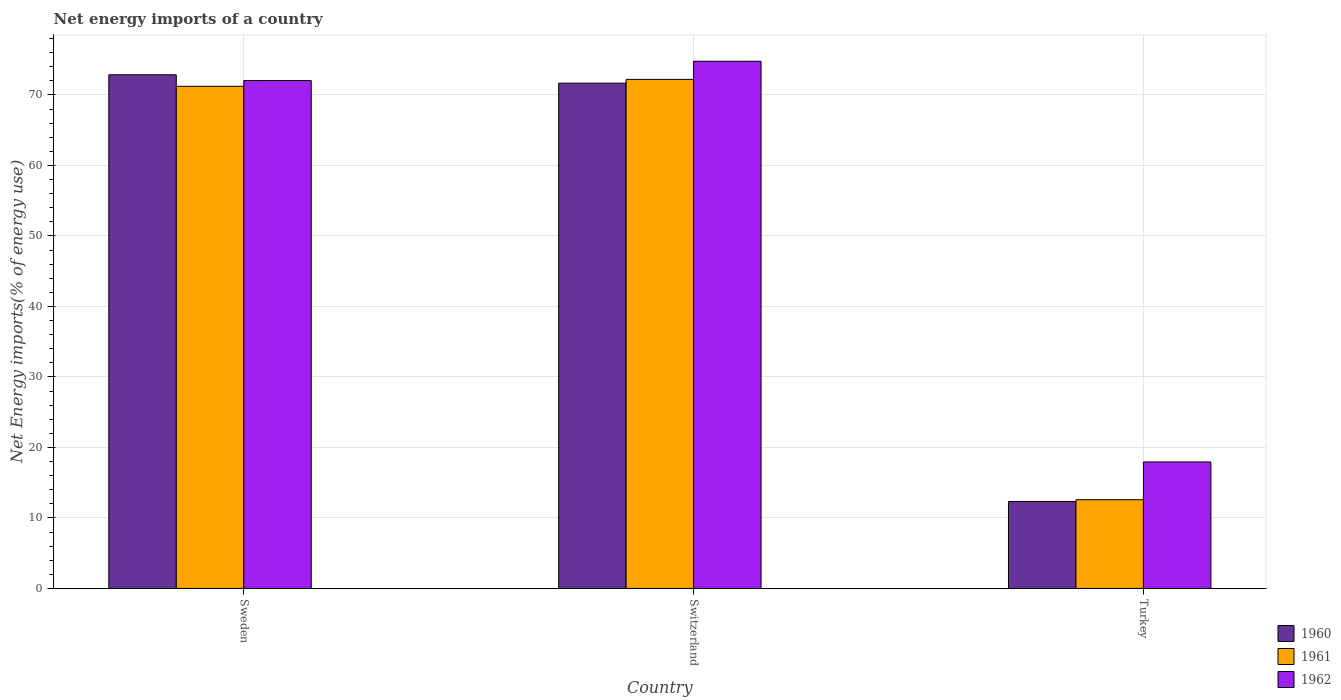
| Country | 1960 | 1961 | 1962 |
 | --- | --- | --- | --- |
 | Sweden | 72.9 | 71.2 | 72 |
 | Switzerland | 71.7 | 72.2 | 74.8 |
 | Turkey | 12.3 | 12.6 | 17.9 |